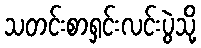
သတင်းစာရှင်းလင်းပွဲသို့